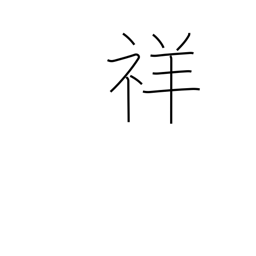
Meaning: auspicious